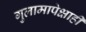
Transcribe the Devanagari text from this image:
गुलामापेक्षाही